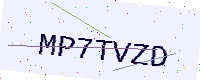
Text: MP7TVZD